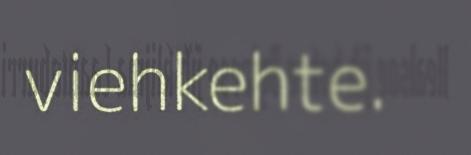
viehkehte.